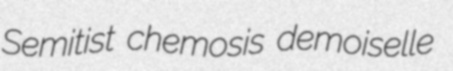
Semitist chemosis demoiselle